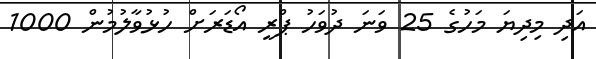
އަދި މިދިޔަ މަހުގެ 25 ވަނަ ދުވަހު ޕްރީ އޯޑަރަށް ހުޅުވާލުމުން 1000